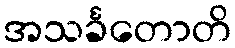
အသင်္ခတောတိ